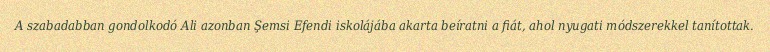
A szabadabban gondolkodó Ali azonban Şemsi Efendi iskolájába akarta beíratni a fiát, ahol nyugati módszerekkel tanítottak.